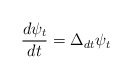
\begin{align*} \frac{d\psi_t}{dt} = {\Delta_d}_t \psi_t\end{align*}